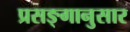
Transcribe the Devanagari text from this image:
प्रसङ्गानुसार